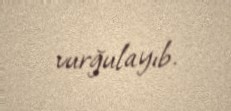
vurğulayıb.